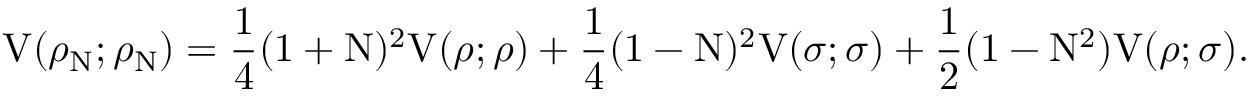
\mathrm { V } ( { \rho } _ { \mathrm { N } } ; { \rho } _ { \mathrm { N } } ) = \frac { 1 } { 4 } ( 1 + \mathrm { N } ) ^ { 2 } \mathrm { V } ( { \rho } ; { \rho } ) + \frac { 1 } { 4 } ( 1 - \mathrm { N } ) ^ { 2 } \mathrm { V } ( { \sigma } ; { \sigma } ) + \frac { 1 } { 2 } ( 1 - \mathrm { N } ^ { 2 } ) \mathrm { V } ( { \rho } ; { \sigma } ) .